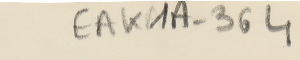
EAK1A-364